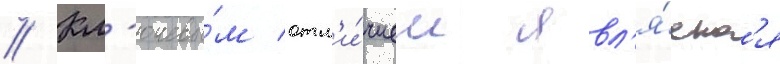
// Кл'ючевы́м отл'и́чием явл'я́етс'я